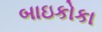
બાઇકોકા